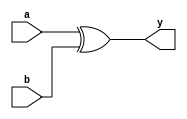
`timescale 1ns / 1ps
//////////////////////////////////////////////////////////////////////////////////
// Module Name: xup_xor2
//////////////////////////////////////////////////////////////////////////////////
module xup_xor2 #(parameter DELAY = 3)(
    input a,
    input b,
    output y
    );
    
    xor #DELAY (y,a,b);
    
endmodule